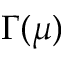
\Gamma ( \mu )